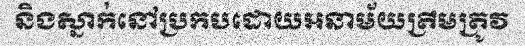
និងស្នាក់នៅប្រកបដោយអនាម័យត្រឹមត្រូវ